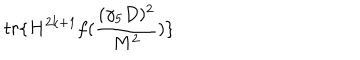
t r \{ H ^ { 2 k + 1 } f ( \frac { ( \gamma _ { 5 } D ) ^ { 2 } } { M ^ { 2 } } ) \}